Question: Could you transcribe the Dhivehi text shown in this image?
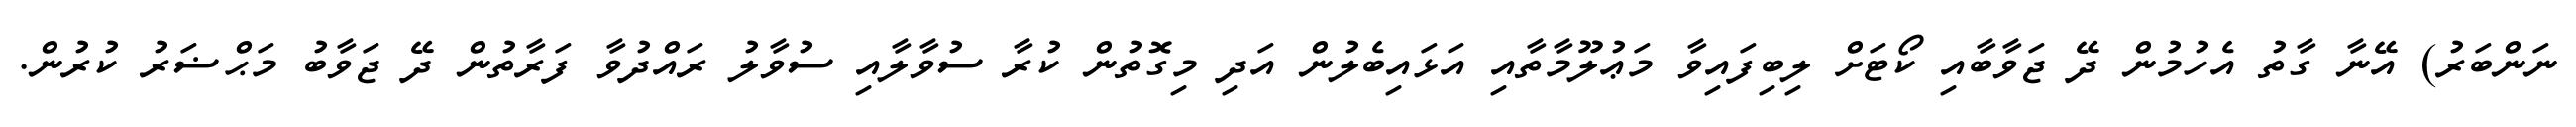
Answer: ނަންބަރު) އޭނާ ގާތު އެހުމުން ދޭ ޖަވާބާއި ކޯޓަށް ލިބިފައިވާ މަޢުލޫމާތާއި އަޅައިބެލުން އަދި މިގޮތުން ކުރާ ސުވާލާއި ސުވާލު ރައްދުވާ ފަރާތުން ދޭ ޖަވާބު މަޙްޟަރު ކުރުން.